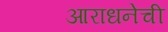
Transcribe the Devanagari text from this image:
आराधनेची